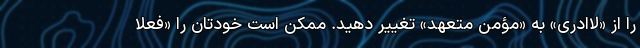
را از «لاادری» به «مؤمن متعهد» تغییر دهید. ممکن است خودتان را «فعلاً